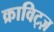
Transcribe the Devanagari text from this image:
क्राविट्ज़